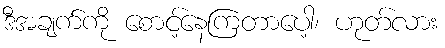
ဒီအချက်ကို စောင့်နေကြတာပေါ့၊ ဟုတ်လား